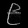
Digit: ၉